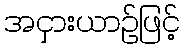
အငှားယာဉ်ဖြင့်